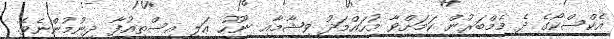
އެކްސްކޯގެ ދެ މެމްބަރުން ކަމަށްވާ މުހައްމަދު ވިޝާމާއި ނޫހު އަލީ އިސްތިއުފާ ދިނުމުންނެވެ.